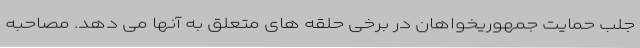
جلب حمایت جمهوریخواهان در برخی حلقه های متعلق به آنها می دهد. مصاحبه